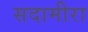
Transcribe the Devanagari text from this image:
सदामीरा